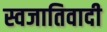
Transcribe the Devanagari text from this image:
स्वजातिवादी